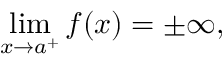
\operatorname* { l i m } _ { x \to a ^ { + } } f ( x ) = \pm \infty ,